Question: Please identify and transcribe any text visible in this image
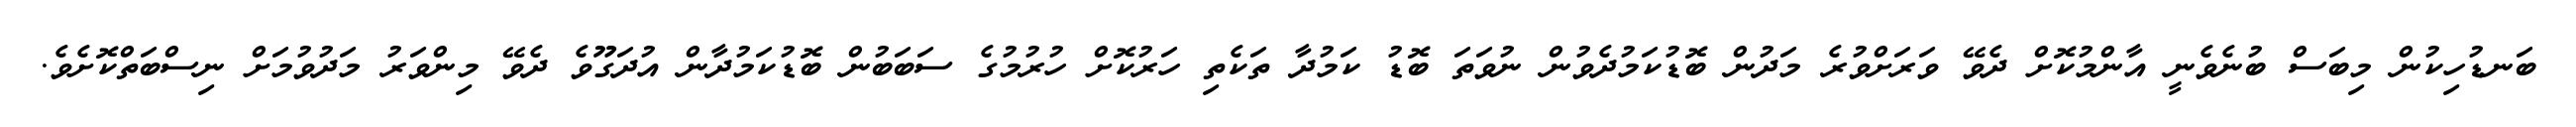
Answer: ބަނޑުހިކުން މިބަސް ބުނެވެނީ އާންމުކޮށް ދެވޭ ވަރަށްވުރެ މަދުން ބޮޑުކަމުދެވުން ނުވަތަ ބޮޑު ކަމުދާ ތަކެތި ހަރުކޮށް ހުރުމުގެ ސަބަބުން ބޮޑުކަމުދާން އުދަގޫވެ ދެވޭ މިންވަރު މަދުވުމަށް ނިސްބަތްކޮށެވެ.